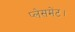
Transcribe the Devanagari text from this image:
प्लेसमेंट।